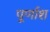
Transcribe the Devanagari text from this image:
पूर्णाश